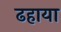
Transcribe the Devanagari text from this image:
ढहाया